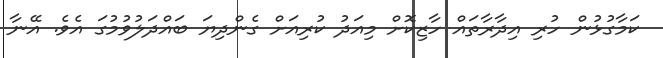
ކަމާގުޅުން ހުރި އިދާރާތައް ހާޒިކޮށް މިއަދު ކުރިއަށް ގެންދިޔަ ބައްދަލުވުމުގަ އެވެ. އޭނާ